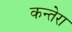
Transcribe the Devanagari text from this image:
कन्तेरा